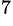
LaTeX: \mathrm{^7}